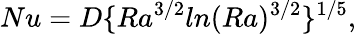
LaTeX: Nu=D\lbrace Ra^{3/2}ln(Ra)^{3/2}\rbrace^{1/5},